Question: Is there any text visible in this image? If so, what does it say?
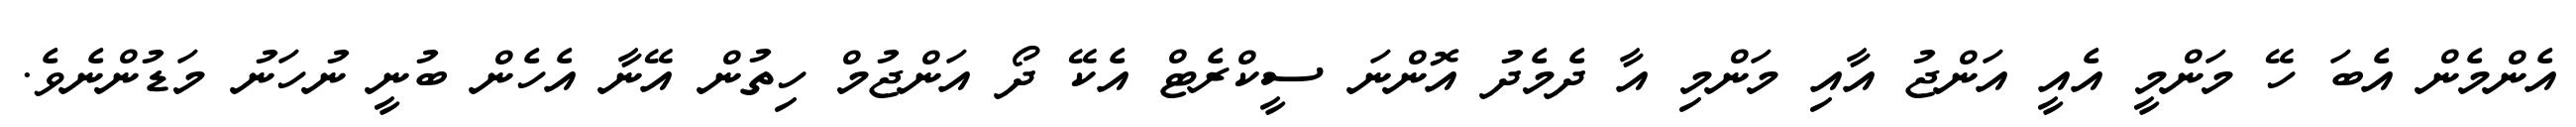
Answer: އެންމެން އެބަ ހޭ މަންމީ އެއީ އަންޖު އާއި މަންމި އާ ދެމެދު އޮންނަ ސީކްރެޓް އެކޭ ދޯ އަންޖުމް ހިތުން އޭނާ އެހެން ބުނީ ނުހަނު މަޑުންނެވެ.